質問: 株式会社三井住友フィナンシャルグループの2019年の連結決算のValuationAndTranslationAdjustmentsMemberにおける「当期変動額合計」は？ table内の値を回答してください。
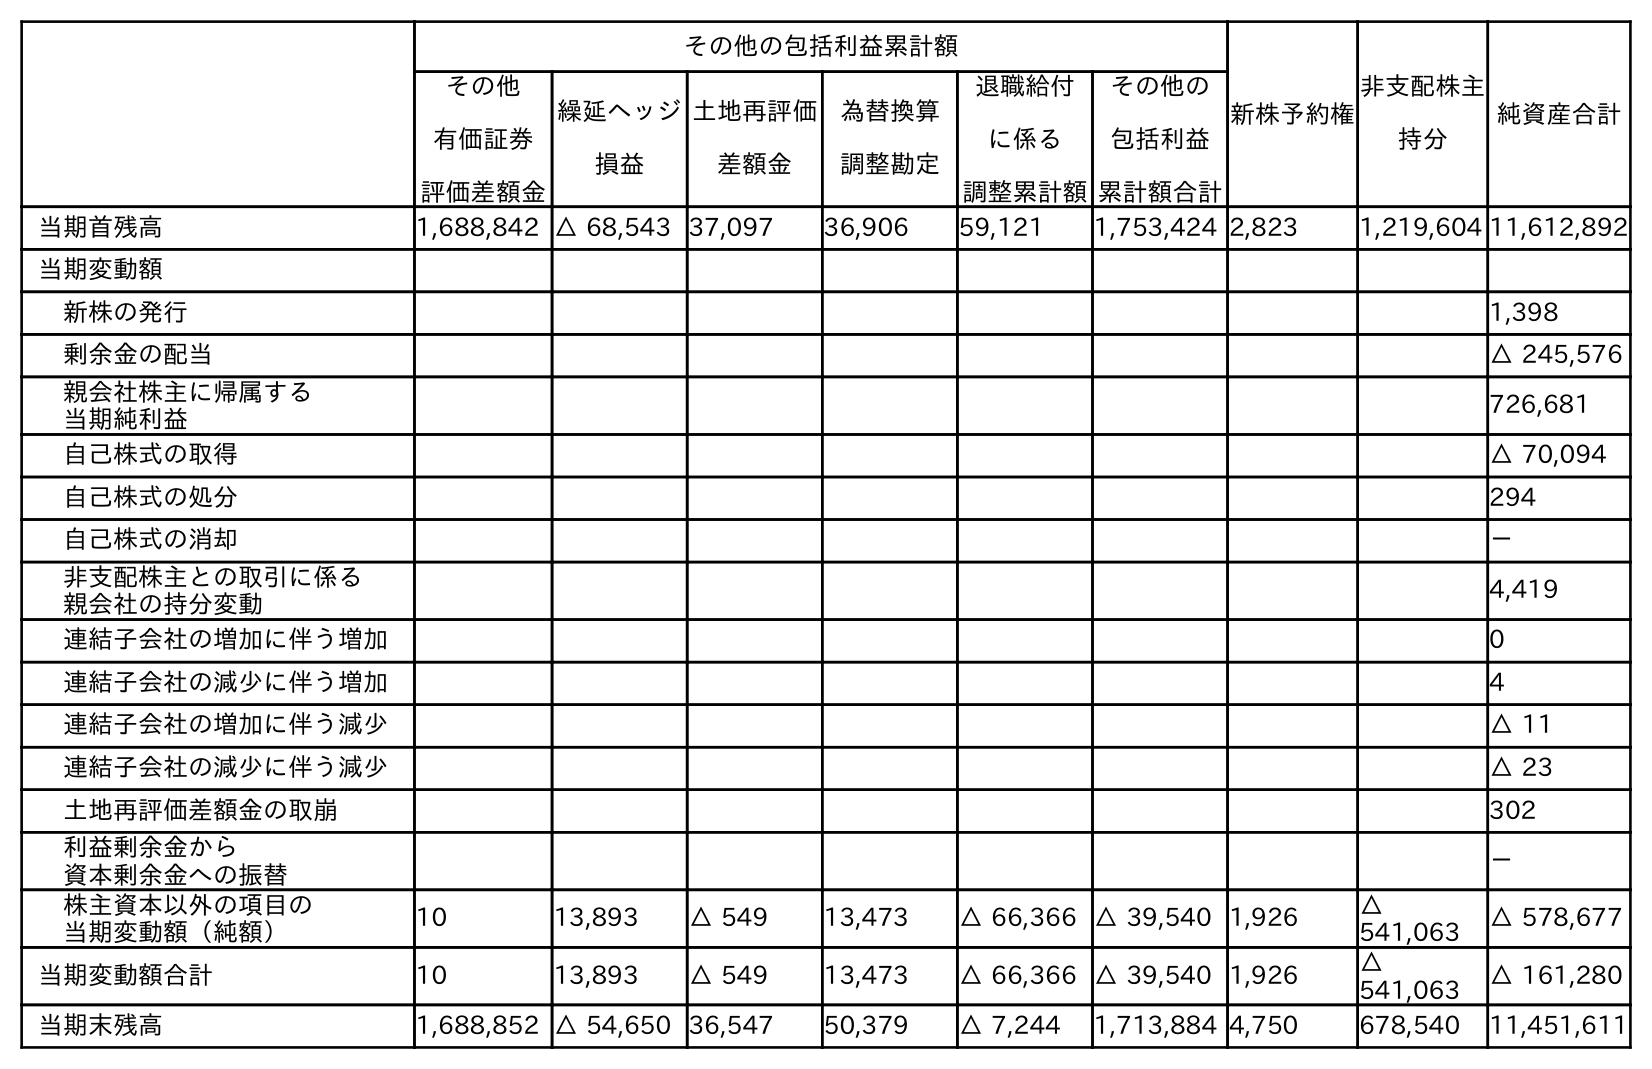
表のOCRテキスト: その他の包括利益累計額 新株予約権 非支配株主 持分 純資産合計 その他 有価証券 評価差額金 繰延ヘッジ 損益 土地再評価 差額金 為替換算 調整勘定 退職給付 に係る 調整累計額 その他の 包括利益 累計額合計 当期首残高 1,688,842 △ 68,543 37,097 36,906 59,121 1,753,424 2,823 1,219,604 11,612,892 当期変動額 新株の発行 1,398 剰余金の配当 △ 245,576 親会社株主に帰属する 当期純利益 726,681 自己株式の取得 △ 70,094 自己株式の処分 294 自己株式の消却 － 非支配株主との取引に係る 親会社の持分変動 4,419 連結子会社の増加に伴う増加 0 連結子会社の減少に伴う増加 4 連結子会社の増加に伴う減少 △ 11 連結子会社の減少に伴う減少 △ 23 土地再評価差額金の取崩 302 利益剰余金から 資本剰余金への振替 － 株主資本以外の項目の 当期変動額（純額） 10 13,893 △ 549 13,473 △ 66,366 △ 39,540 1,926 △ 541,063 △ 578,677 当期変動額合計 10 13,893 △ 549 13,473 △ 66,366 △ 39,540 1,926 △ 541,063 △ 161,280 当期末残高 1,688,852 △ 54,650 36,547 50,379 △ 7,244 1,713,884 4,750 678,540 11,451,611
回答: △39,540